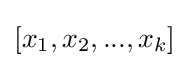
[x_{1},x_{2},...,x_{k}]